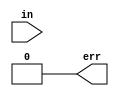
module err_check(in, err);
input wire in;
output wire err;

assign err=((in==1'b1) | (in==1'b0))? 1'b0 :1'b1;



endmodule